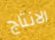
الانتاج